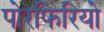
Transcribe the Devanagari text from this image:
पोरफिरियो